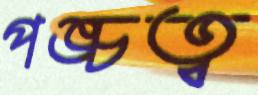
পঙ্চত্ব